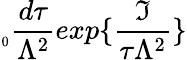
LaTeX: _{_{0}}\frac{d\tau}{\Lambda^{2}}exp\{ \frac{\Im}{\tau\Lambda^{2}}\}